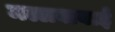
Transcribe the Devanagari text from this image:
मल्लवाबाई